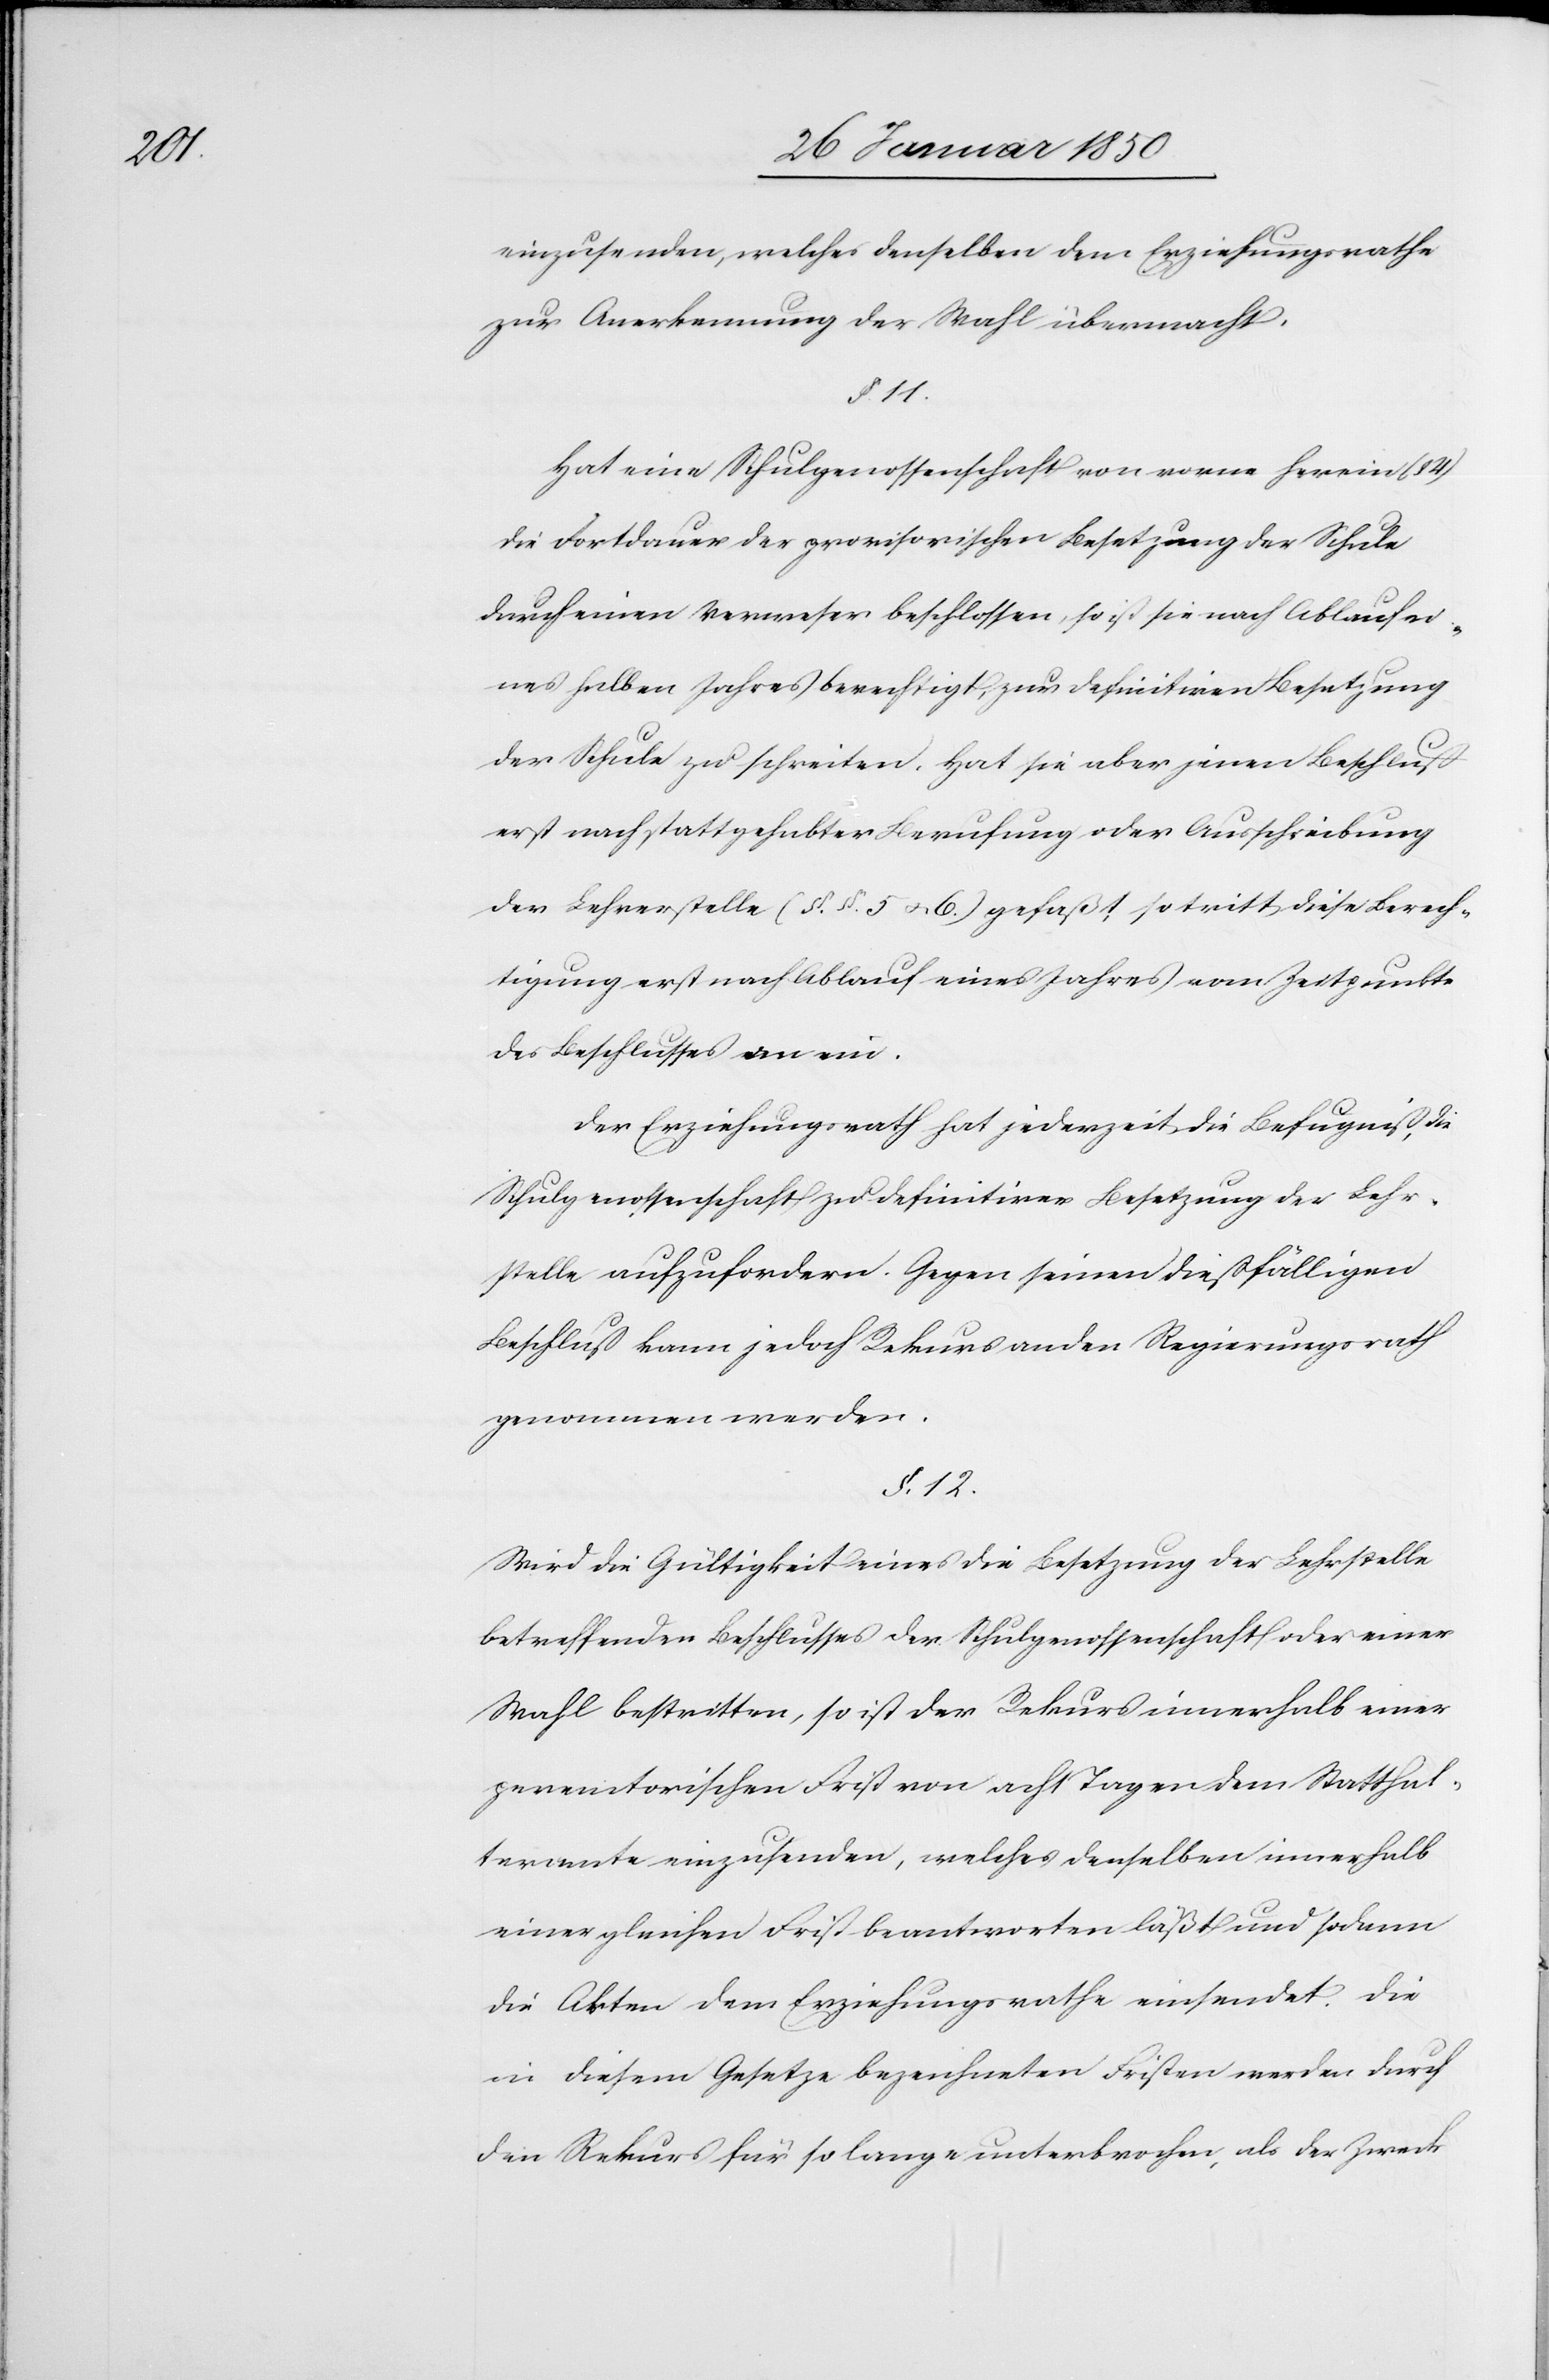
einzusenden, welches denselben dem Erziehungsrathe
zur Anerkennung der Wahl übermacht.
§. 11.
Hat eine Schulgenossenschaft von vorne herein (§ 4)
die Fortdauer der provisorischen Besetzung der Schule
durch einen Verweser beschlossen, so ist sie nach Ablauf ei¬
nes halben Jahres berechtigt, zur definitiven Besetzung
der Schule zu schreiten. Hat sie aber jenen Beschluß
erst nach stattgehabter Berufung oder Ausschreibung
der Lehrerstelle (§. §. 5 u. 6.) gefaßt, so tritt diese Berech¬
tigung erst nach Ablauf eines Jahres vom Zeitpunkte
des Beschlusses an ein.
Der Erziehungsrath hat jederzeit die Befugniß, die
Schulgenossenschaft zu definitiver Besetzung der Lehr¬
stelle aufzufordern. Gegen seinen dießfälligen
Beschluß kann jedoch Rekurs an den Regierungsrath
genommen werden.
§. 12.
Wird die Gültigkeit eines die Besetzung der Lehrstelle
betreffenden Beschlusses der Schulgenossenschaft oder einer
Wahl bestritten, so ist der Rekurs innerhalb einer
peremtorischen Frist von acht Tagen dem Statthal¬
teramte einzusenden, welches denselben innerhalb
einer gleichen Frist beantworten läßt und sodann
die Akten dem Erziehungsrathe einsendet. Die
in diesem Gesetze bezeichneten Fristen werden durch
den Rekurs für so lange unterbrochen, als der Zweck